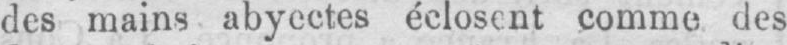
des mains abyectes éclosent comme des